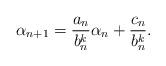
LaTeX: \begin{align*}\alpha_{n+1} = \frac{a_n}{b_n^k} \alpha_n + \frac{c_n}{b_n^k}.\end{align*}